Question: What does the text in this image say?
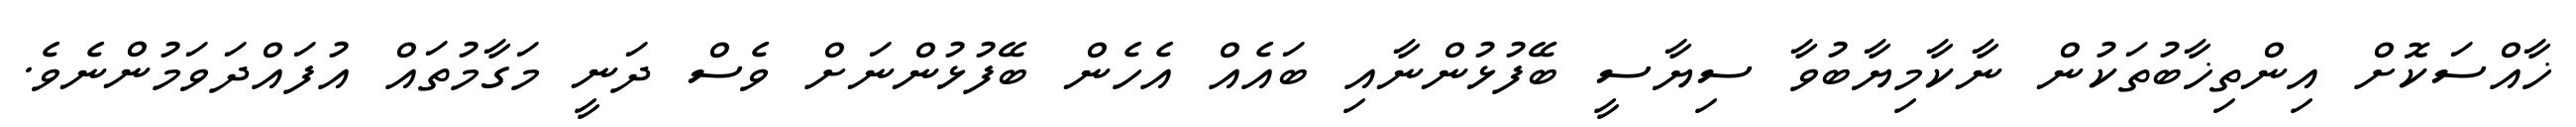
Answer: ޚާއްސަކޮށް އިންތިޚާބުތަކުން ނާކާމިޔާބުވާ ސިޔާސީ ބޭފުޅުންނާއި ބައެއް އެހެން ބޭފުޅުންނަށް ވެސް ދަނީ މަގާމުތައް އުފައްދަވަމުންނެވެ.